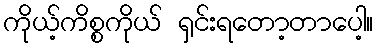
ကိုယ့်ကိစ္စကိုယ် ရှင်းရတော့တာပေါ့။